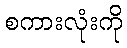
စကားလုံးကို